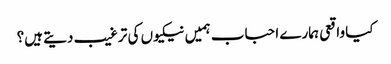
کیا واقعی ہمارے احباب ہمیں نیکیوں کی ترغیب دیتے ہیں؟